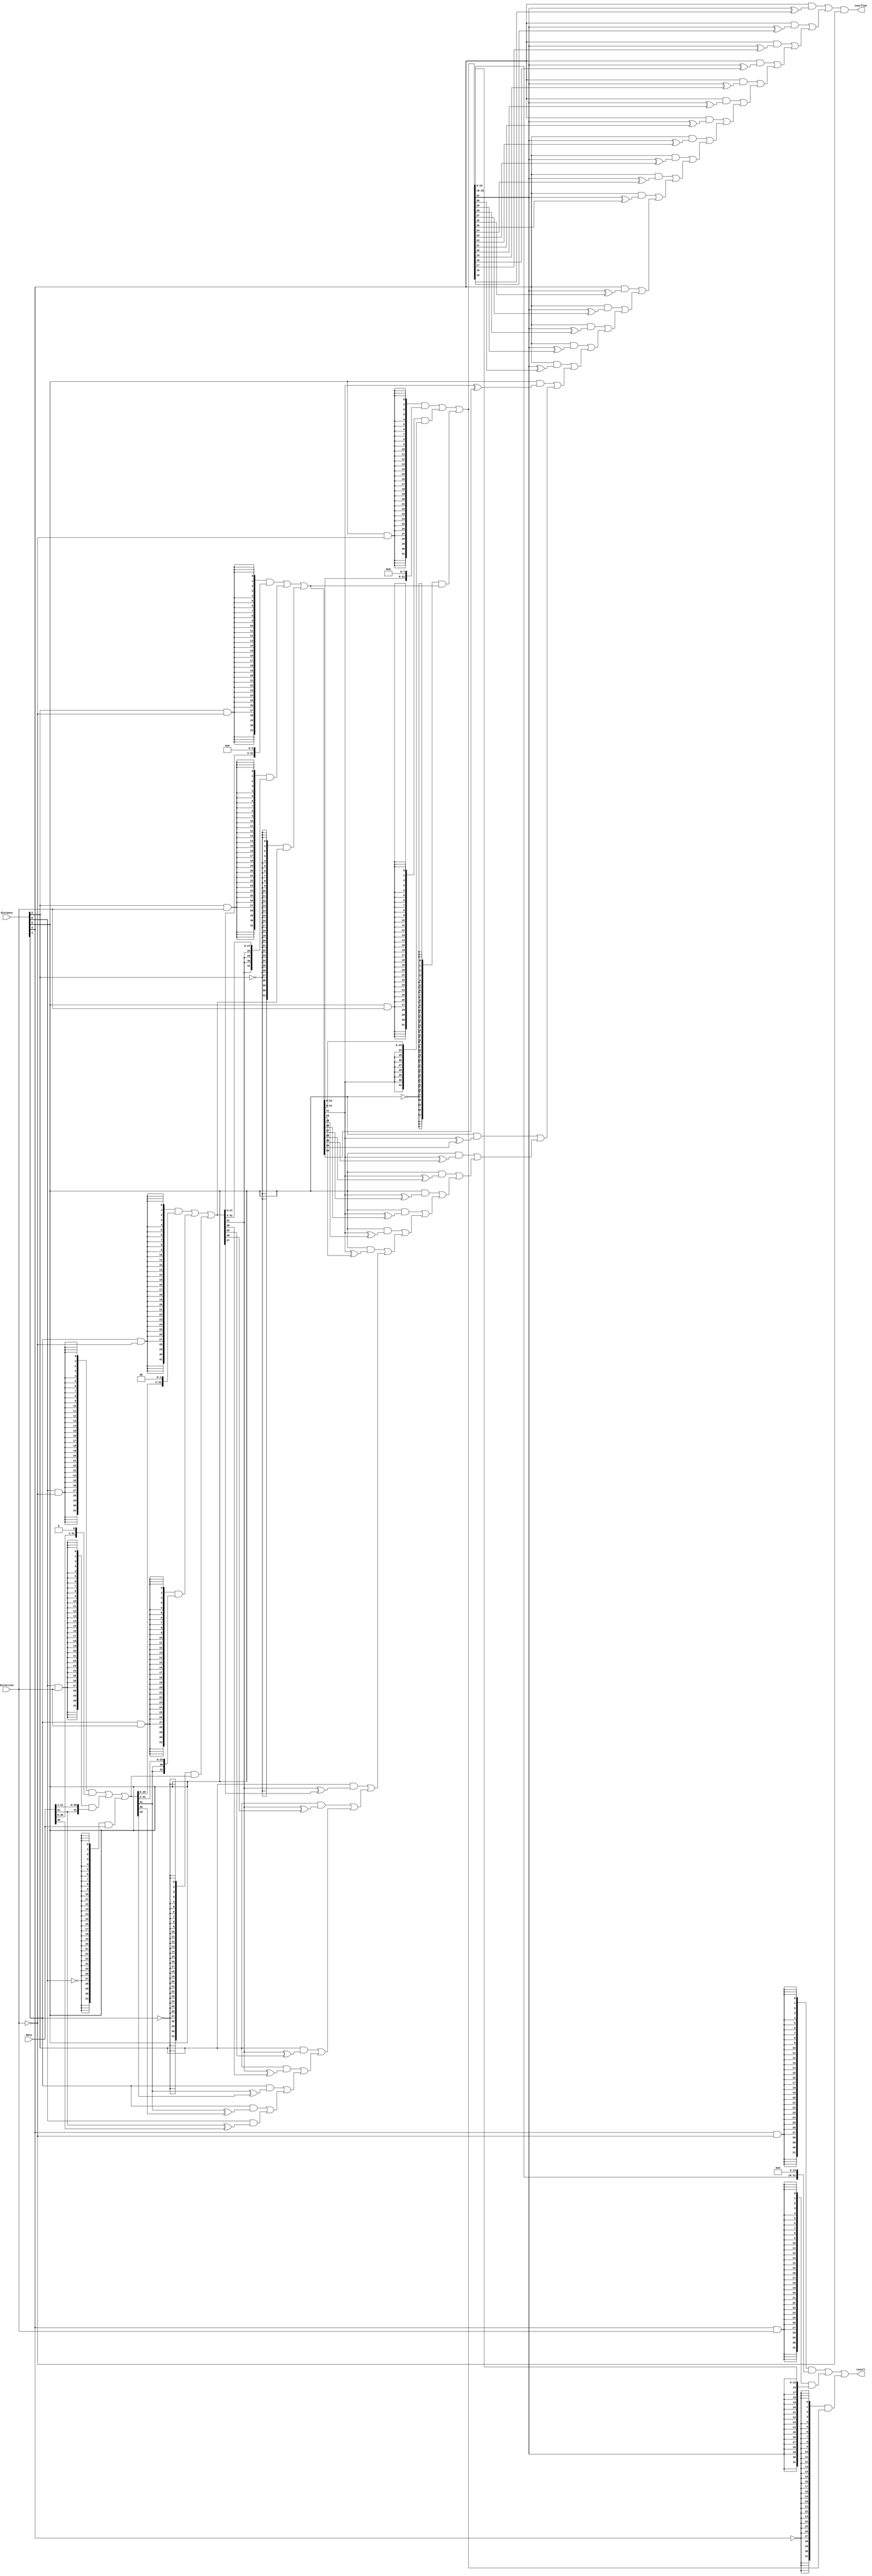
module  Chowdhury_LPM_32BitShiftArithmetic_Dec7_lpm_clshift
	( 
	data,
	direction,
	distance,
	overflow,
	result) /* synthesis synthesis_clearbox=1 */;
	input   [31:0]  data;
	input   direction;
	input   [4:0]  distance;
	output   overflow;
	output   [31:0]  result;
`ifndef ALTERA_RESERVED_QIS
// synopsys translate_off
`endif
	tri0   direction;
`ifndef ALTERA_RESERVED_QIS
// synopsys translate_on
`endif

	wire  [0:0]  direction_w;
	wire  [31:0]  ov_w;
	wire  [15:0]  pad_left_w;
	wire  [1:0]  pad_right_w0;
	wire  [2:0]  pad_right_w1;
	wire  [4:0]  pad_right_w2;
	wire  [8:0]  pad_right_w3;
	wire  [16:0]  pad_right_w4;
	wire  [191:0]  sbit_w;

	assign
		direction_w = {direction},
		ov_w = {((distance[4] & (sbit_w[159] ^ sbit_w[143])) | ov_w[30]), ((distance[4] & (sbit_w[159] ^ sbit_w[144])) | ov_w[29]), ((distance[4] & (sbit_w[159] ^ sbit_w[145])) | ov_w[28]), ((distance[4] & (sbit_w[159] ^ sbit_w[146])) | ov_w[27]), ((distance[4] & (sbit_w[159] ^ sbit_w[147])) | ov_w[26]), ((distance[4] & (sbit_w[159] ^ sbit_w[148])) | ov_w[25]), ((distance[4] & (sbit_w[159] ^ sbit_w[149])) | ov_w[24]), ((distance[4] & (sbit_w[159] ^ sbit_w[150])) | ov_w[23]), ((distance[4] & (sbit_w[159] ^ sbit_w[151])) | ov_w[22]), ((distance[4] & (sbit_w[159] ^ sbit_w[152])) | ov_w[21]), ((distance[4] & (sbit_w[159] ^ sbit_w[153])) | ov_w[20]), ((distance[4] & (sbit_w[159] ^ sbit_w[154])) | ov_w[19]), ((distance[4] & (sbit_w[159] ^ sbit_w[155])) | ov_w[18]), ((distance[4] & (sbit_w[159] ^ sbit_w[156])) | ov_w[17]), ((distance[4] & (sbit_w[159] ^ sbit_w[157])) | ov_w[16]), ((distance[4] & (sbit_w[159] ^ sbit_w[158])) | ov_w[15]), ((distance[3] & (sbit_w[127] ^ sbit_w[119])) | ov_w[14]), ((distance[3] & (sbit_w[127] ^ sbit_w[120])) | ov_w[13]), ((distance[3] & (sbit_w[127] ^ sbit_w[121])) | ov_w[12]), ((distance[3] & (sbit_w[127] ^ sbit_w[122])) | ov_w[11]), ((distance[3] & (sbit_w[127] ^ sbit_w[123])) | ov_w[10]), ((distance[3] & (sbit_w[127] ^ sbit_w[124])) | ov_w[9]), ((distance[3] & (sbit_w[127] ^ sbit_w[125])) | ov_w[8]), ((distance[3] & (sbit_w[127] ^ sbit_w[126])) | ov_w[7]), ((distance[2] & (sbit_w[95] ^ sbit_w[91])) | ov_w[6]), ((distance[2] & (sbit_w[95] ^ sbit_w[92])) | ov_w[5]), ((distance[2] & (sbit_w[95] ^ sbit_w[93])) | ov_w[4]), ((distance[2] & (sbit_w[95] ^ sbit_w[94])) | ov_w[3]), ((distance[1] & (sbit_w[63] ^ sbit_w[61])) | ov_w[2]), ((distance[1] & (sbit_w[63] ^ sbit_w[62])) | ov_w[1]), ((distance[0] & (sbit_w[31] ^ sbit_w[30])) | ov_w[0]), 1'b0},
		overflow = (ov_w[31] & (~ direction_w[0])),
		pad_left_w = {16{1'b0}},
		pad_right_w0 = {2{sbit_w[31]}},
		pad_right_w1 = {3{sbit_w[63]}},
		pad_right_w2 = {5{sbit_w[95]}},
		pad_right_w3 = {9{sbit_w[127]}},
		pad_right_w4 = {17{sbit_w[159]}},
		result = sbit_w[191:160],
		sbit_w = {((({32{(distance[4] & (~ direction_w))}} & {sbit_w[143:128], pad_left_w[15:0]}) | ({32{(distance[4] & direction_w)}} & {pad_right_w4[15:0], sbit_w[159:144]})) | ({32{(~ distance[4])}} & sbit_w[159:128])), ((({32{(distance[3] & (~ direction_w))}} & {sbit_w[119:96], pad_left_w[7:0]}) | ({32{(distance[3] & direction_w)}} & {pad_right_w3[7:0], sbit_w[127:104]})) | ({32{(~ distance[3])}} & sbit_w[127:96])), ((({32{(distance[2] & (~ direction_w))}} & {sbit_w[91:64], pad_left_w[3:0]}) | ({32{(distance[2] & direction_w)}} & {pad_right_w2[3:0], sbit_w[95:68]})) | ({32{(~ distance[2])}} & sbit_w[95:64])), ((({32{(distance[1] & (~ direction_w))}} & {sbit_w[61:32], pad_left_w[1:0]}) | ({32{(distance[1] & direction_w)}} & {pad_right_w1[1:0], sbit_w[63:34]})) | ({32{(~ distance[1])}} & sbit_w[63:32])), ((({32{(distance[0] & (~ direction_w))}} & {sbit_w[30:0], pad_left_w[0]}) | ({32{(distance[0] & direction_w)}} & {pad_right_w0[0], sbit_w[31:1]})) | ({32{(~ distance[0])}} & sbit_w[31:0])), data};
endmodule
module Chowdhury_LPM_32BitShiftArithmetic_Dec7 (
	data,
	direction,
	distance,
	overflow,
	result)/* synthesis synthesis_clearbox = 1 */;

	input	[31:0]  data;
	input	  direction;
	input	[4:0]  distance;
	output	  overflow;
	output	[31:0]  result;

	wire  sub_wire0;
	wire [31:0] sub_wire1;
	wire  overflow = sub_wire0;
	wire [31:0] result = sub_wire1[31:0];

	Chowdhury_LPM_32BitShiftArithmetic_Dec7_lpm_clshift	Chowdhury_LPM_32BitShiftArithmetic_Dec7_lpm_clshift_component (
				.data (data),
				.direction (direction),
				.distance (distance),
				.overflow (sub_wire0),
				.result (sub_wire1));

endmodule